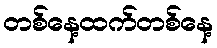
တစ်နေ့ထက်တစ်နေ့